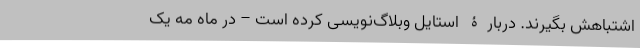
اشتباهش بگیرند. دربارۀ استایل وبلاگ‌نویسی کرده است – در ماه مه یک